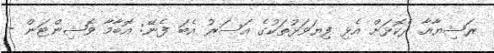
ރަޝިޔާއާ ދެކޮޅަށް އެޅި ފިޔަވަޅުތަކުގެ އަސަރު އެބަ ފެނޭ: އޮބާމާ ވޮޝިންޓަން -